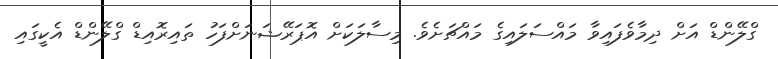
ގްލޭންޑް އަށް ދިމާވެފައިވާ މައްސަލައިގެ މައްޗަށެވެ. މިސާލަކަށް އޮޕަރޭޝަނަށްފަހު ތައިރޮއިޑް ގްލޭންޑް އެކީގައި